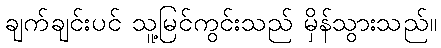
ချက်ချင်းပင် သူ့မြင်ကွင်းသည် မှိန်သွားသည်။